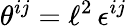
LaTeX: \theta^{ij}=\ell^{2}\, \epsilon^{ij}